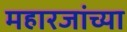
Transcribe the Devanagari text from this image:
महारजांच्या